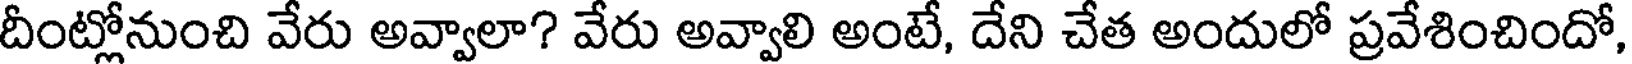
దీంట్లోనుంచి వేరు అవ్వాలా? వేరు అవ్వాలి అంటే, దేని చేత అందులో ప్రవేశించిందో